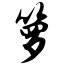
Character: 箩